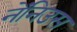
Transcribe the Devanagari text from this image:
नेंनिउस